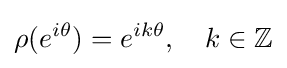
\rho (e^{i\theta })=e^{ik\theta },\quad k\in \mathbb {Z}